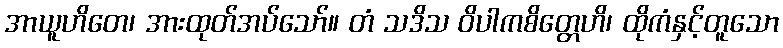
အာယူဟိတေ၊ အားထုတ်အပ်သော်။ တံ သဒိသ ဝိပါကစိတ္တေဟိ၊ ထိုကံနှင့်တူသော